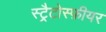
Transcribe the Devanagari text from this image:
स्ट्रैटोस्फ़ीयर